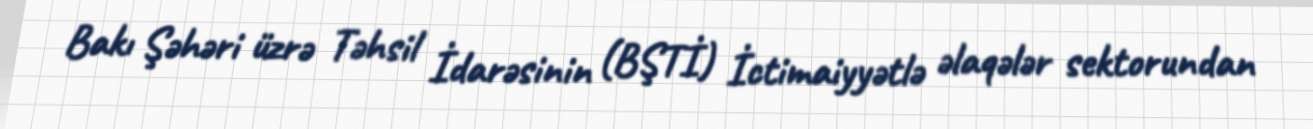
Bakı Şəhəri üzrə Təhsil İdarəsinin (BŞTİ) İctimaiyyətlə əlaqələr sektorundan